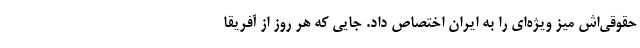
حقوقی‌اش میز ویژه‌ای را به ایران اختصاص داد. جایی که هر روز از آفریقا